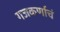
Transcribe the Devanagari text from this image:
गजकर्णाचं